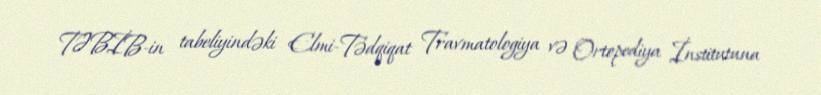
TƏBİB-in tabeliyindəki Elmi-Tədqiqat Travmatologiya və Ortopediya İnstitutuna